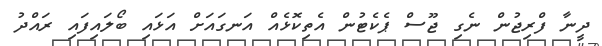
ދީނާ ފްރިޖުން ނެގި ޖޫސް ޕެކެޓުން އެތިކޮޅެއް އަނގައަށް އަޅައި ބޯލައިފައި ރައްދު